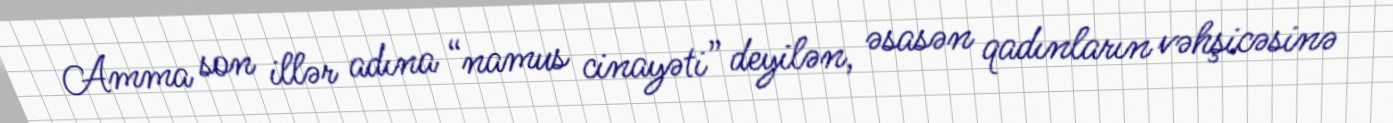
Amma son illər adına “namus cinayəti” deyilən, əsasən qadınların vəhşicəsinə